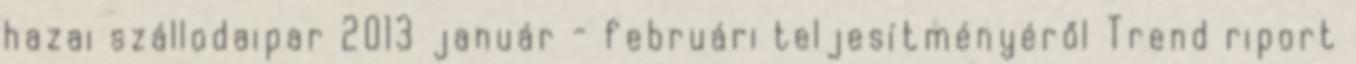
hazai szállodaipar 2013 január - februári teljesítményéről Trend riport